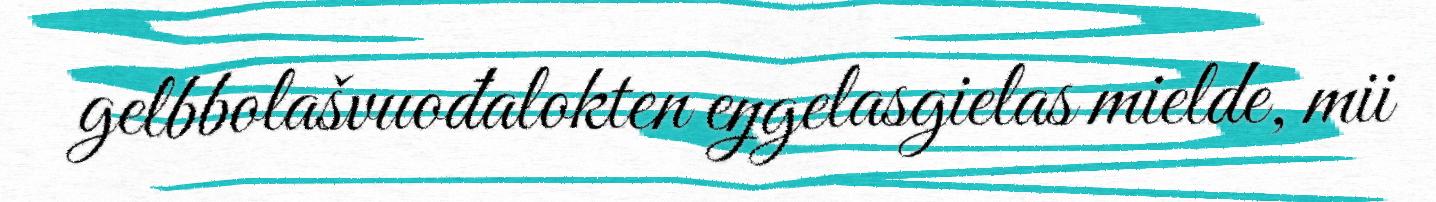
gelbbolašvuođalokten eŋgelasgielas mielde, mii